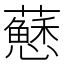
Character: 𧃅